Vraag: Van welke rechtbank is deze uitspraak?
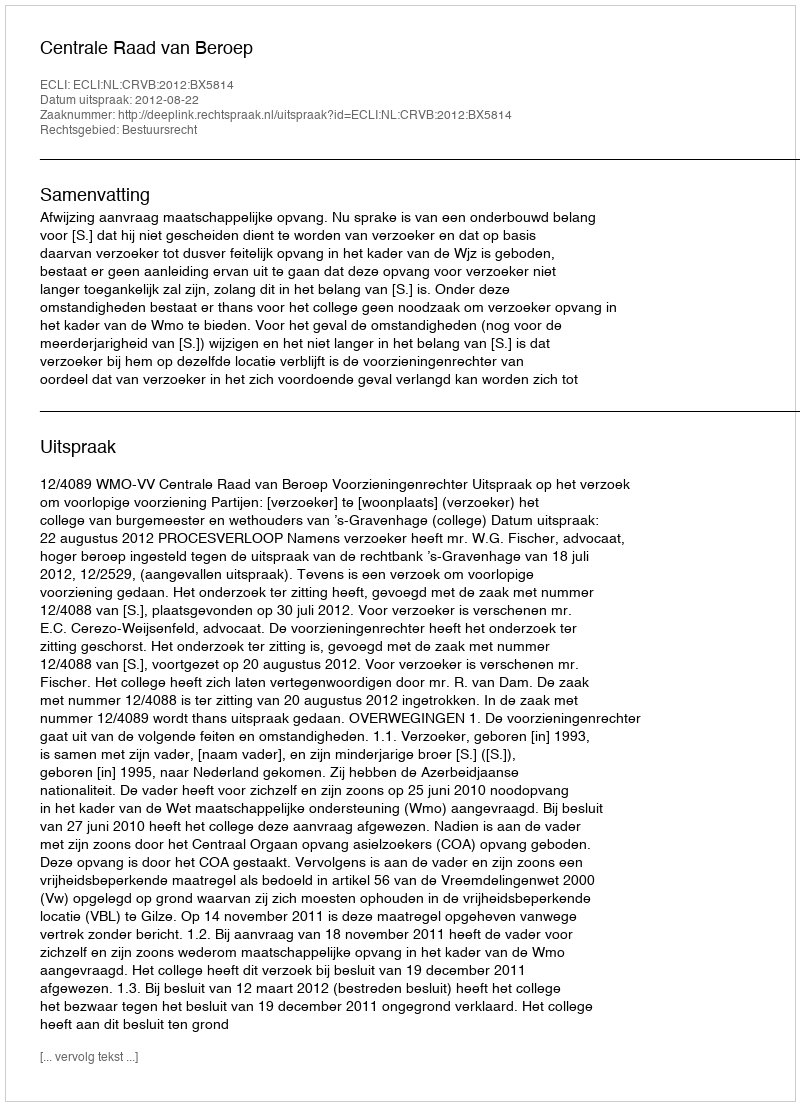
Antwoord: Centrale Raad van Beroep